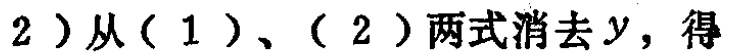
2）从（1）、（2）两式消去\(y\)，得